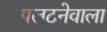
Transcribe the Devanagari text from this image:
पलटनेवाला